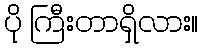
ပို ကြီးတာရှိလား။